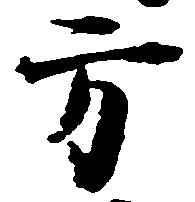
方